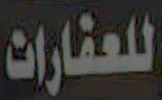
للعقارات